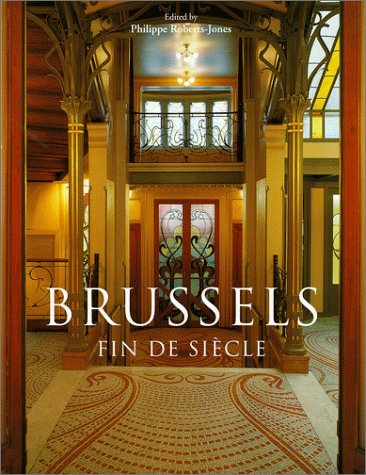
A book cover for Brussels: Fin Desiecle (Evergreen Series); Travel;